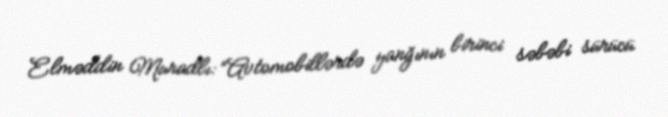
Elməddin Muradlı: “Avtomobillərdə yanğının birinci səbəbi sürücü